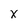
Character: x